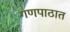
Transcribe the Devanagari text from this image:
गणपाठात